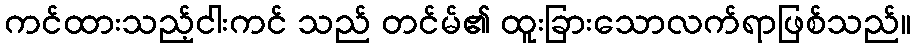
ကင်ထားသည့်ငါးကင် သည် တင်မ်၏ ထူးခြားသောလက်ရာဖြစ်သည်။